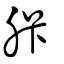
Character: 胩